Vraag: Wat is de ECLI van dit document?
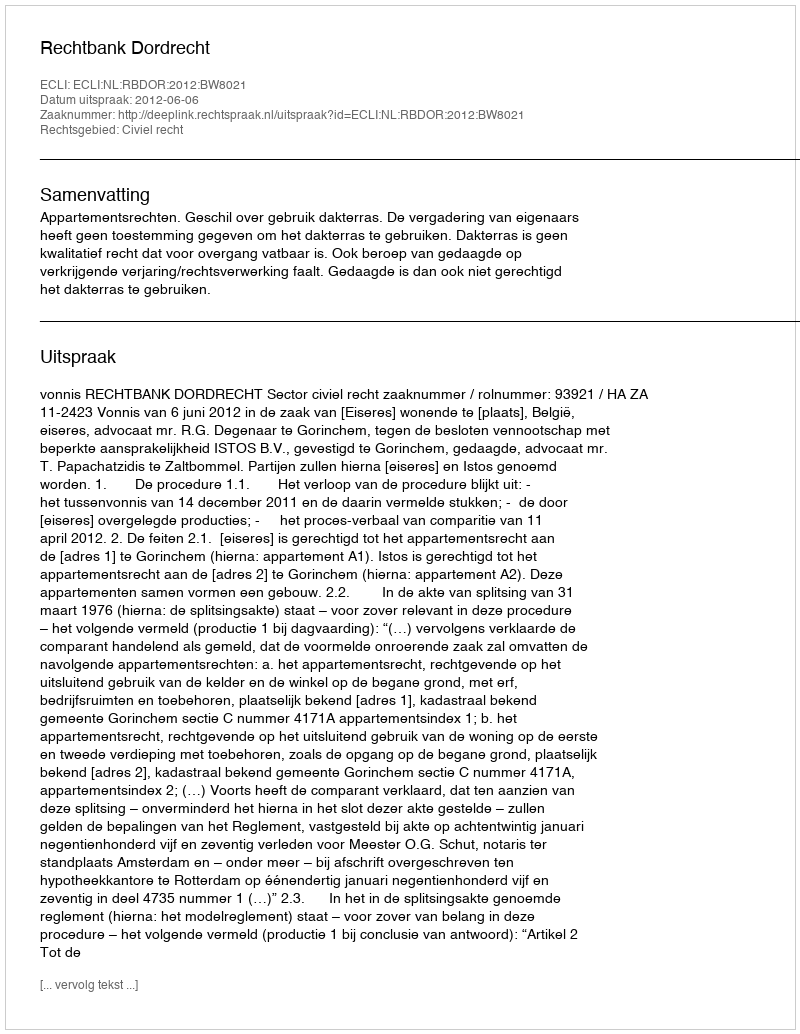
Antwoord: ECLI:NL:RBDOR:2012:BW8021